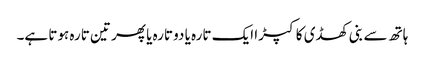
ہاتھ سے بنی کھڈی کا کپڑا ایک تارہ یا دو تارہ یا پھر تین تارہ ہوتا ہے۔